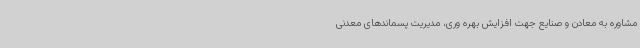
مشاوره به معادن و صنایع جهت افزایش بهره وری، مدیریت پسماندهای معدنی